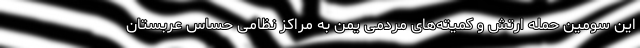
این سومین حمله ارتش و کمیته‌های مردمی یمن به مراکز نظامی حساس عربستان